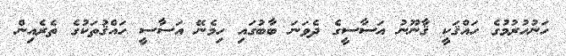
ހަނުހުރުމުގެ ހައްޤަކީ ޤާނޫނު އަސާސީގެ ދެވަނަ ބާބުގައި ހިމެނޭ އަސާސީ ހައްޤުތަކުގެ ތެރެއިން